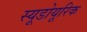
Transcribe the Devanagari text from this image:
स्यूडोयूरिक